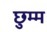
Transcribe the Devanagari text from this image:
छुम्म